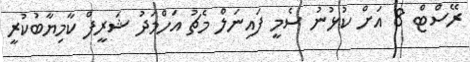
ރޭސްޓް 8 އަށް ކުޅުނު ސެމީ ފައިނަލް މެޗު އަހްމަދު ޝަރީފް ކާމިޔާބުކުރީ